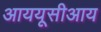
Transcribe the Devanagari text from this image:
आययूसीआय